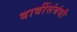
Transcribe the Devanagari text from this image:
बाबींसंबंधी